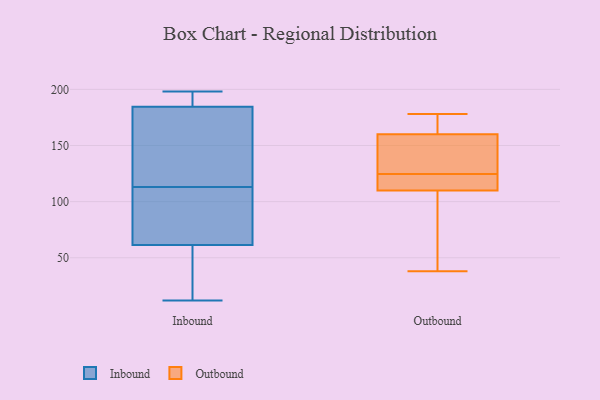
{"axis": {"x": "Market Share (%)", "y": "Value"}, "legend": ["Inbound", "Outbound"], "data": [{"x": "", "y": 41, "type": "Inbound"}, {"x": "", "y": 181, "type": "Inbound"}, {"x": "", "y": 113, "type": "Inbound"}, {"x": "", "y": 198, "type": "Inbound"}, {"x": "", "y": 141, "type": "Inbound"}, {"x": "", "y": 113, "type": "Inbound"}, {"x": "", "y": 194, "type": "Inbound"}, {"x": "", "y": 117, "type": "Inbound"}, {"x": "", "y": 20, "type": "Inbound"}, {"x": "", "y": 12, "type": "Inbound"}, {"x": "", "y": 196, "type": "Inbound"}, {"x": "", "y": 68, "type": "Inbound"}, {"x": "", "y": 13, "type": "Inbound"}, {"x": "", "y": 186, "type": "Inbound"}, {"x": "", "y": 184, "type": "Inbound"}, {"x": "", "y": 110, "type": "Inbound"}, {"x": "", "y": 101, "type": "Inbound"}, {"x": "", "y": 111, "type": "Outbound"}, {"x": "", "y": 100, "type": "Outbound"}, {"x": "", "y": 160, "type": "Outbound"}, {"x": "", "y": 178, "type": "Outbound"}, {"x": "", "y": 134, "type": "Outbound"}, {"x": "", "y": 38, "type": "Outbound"}, {"x": "", "y": 110, "type": "Outbound"}, {"x": "", "y": 162, "type": "Outbound"}, {"x": "", "y": 178, "type": "Outbound"}, {"x": "", "y": 137, "type": "Outbound"}, {"x": "", "y": 156, "type": "Outbound"}, {"x": "", "y": 61, "type": "Outbound"}, {"x": "", "y": 115, "type": "Outbound"}, {"x": "", "y": 115, "type": "Outbound"}]}